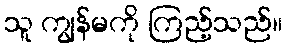
သူ ကျွန်မကို ကြည့်သည်။